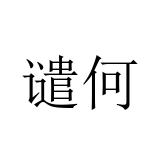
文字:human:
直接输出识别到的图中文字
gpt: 谴何